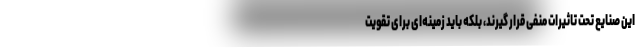
این صنایع تحت تاثیرات منفی قرار گیرند، بلکه باید زمینه‌ای برای تقویت